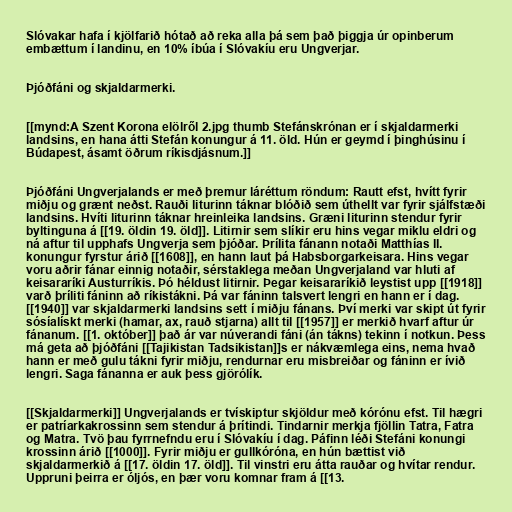
Slóvakar hafa í kjölfarið hótað að reka alla þá sem það þiggja úr opinberum
embættum í landinu, en 10% íbúa í Slóvakíu eru Ungverjar.

Þjóðfáni og skjaldarmerki.

[[mynd:A Szent Korona elölről 2.jpg thumb Stefánskrónan er í skjaldarmerki
landsins, en hana átti Stefán konungur á 11. öld. Hún er geymd í þinghúsinu í
Búdapest, ásamt öðrum ríkisdjásnum.]]

Þjóðfáni Ungverjalands er með þremur láréttum röndum: Rautt efst, hvítt fyrir
miðju og grænt neðst. Rauði liturinn táknar blóðið sem úthellt var fyrir sjálfstæði
landsins. Hvíti liturinn táknar hreinleika landsins. Græni liturinn stendur fyrir
byltinguna á [[19. öldin 19. öld]]. Litirnir sem slíkir eru hins vegar miklu eldri og
ná aftur til upphafs Ungverja sem þjóðar. Þrílita fánann notaði Matthías II.
konungur fyrstur árið [[1608]], en hann laut þá Habsborgarkeisara. Hins vegar
voru aðrir fánar einnig notaðir, sérstaklega meðan Ungverjaland var hluti af
keisararíki Austurríkis. Þó héldust litirnir. Þegar keisararíkið leystist upp [[1918]]
varð þríliti fáninn að ríkistákni. Þá var fáninn talsvert lengri en hann er í dag.
[[1940]] var skjaldarmerki landsins sett í miðju fánans. Því merki var skipt út fyrir
sósíalískt merki (hamar, ax, rauð stjarna) allt til [[1957]] er merkið hvarf aftur úr
fánanum. [[1. október]] það ár var núverandi fáni (án tákns) tekinn í notkun. Þess
má geta að þjóðfáni [[Tajikistan Tadsikistan]]s er nákvæmlega eins, nema hvað
hann er með gulu tákni fyrir miðju, rendurnar eru misbreiðar og fáninn er ívið
lengri. Saga fánanna er auk þess gjörólík.

[[Skjaldarmerki]] Ungverjalands er tvískiptur skjöldur með kórónu efst. Til hægri
er patríarkakrossinn sem stendur á þrítindi. Tindarnir merkja fjöllin Tatra, Fatra
og Matra. Tvö þau fyrrnefndu eru í Slóvakíu í dag. Páfinn léði Stefáni konungi
krossinn árið [[1000]]. Fyrir miðju er gullkóróna, en hún bættist við
skjaldarmerkið á [[17. öldin 17. öld]]. Til vinstri eru átta rauðar og hvítar rendur.
Uppruni þeirra er óljós, en þær voru komnar fram á [[13.